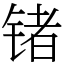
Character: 锗